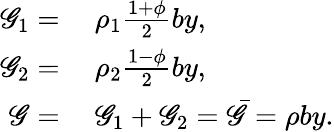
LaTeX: \begin{array}{rl}{\mathscr{G}_{1}=}&{{}~\rho_{1}\frac{1+\phi}{2}by,}\\ {\mathscr{G}_{2}=}&{{}~\rho_{2}\frac{1-\phi}{2}by,}\\ {\mathscr{G}=}&{{}~\mathscr{G}_{1}+\mathscr{G}_{2}=\bar{\mathscr{G}}=\rho by.}\end{array}